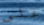
علي